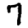
Digit: 7